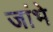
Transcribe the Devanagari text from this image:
जांभे